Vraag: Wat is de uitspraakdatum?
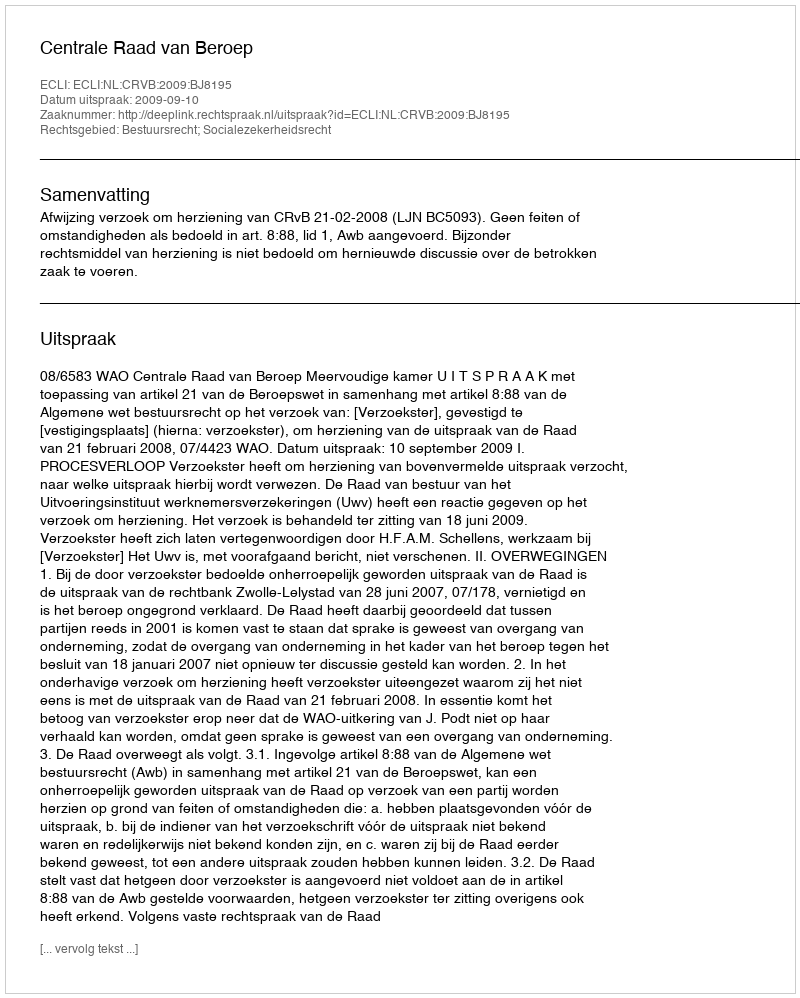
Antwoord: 2009-09-10